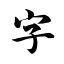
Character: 字